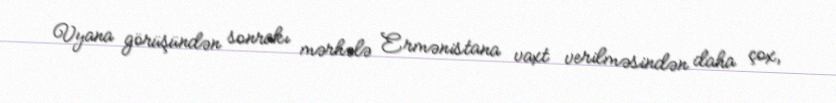
Vyana görüşündən sonrakı mərhələ Ermənistana vaxt verilməsindən daha çox,